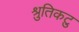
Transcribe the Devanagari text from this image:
श्रुतिकटु